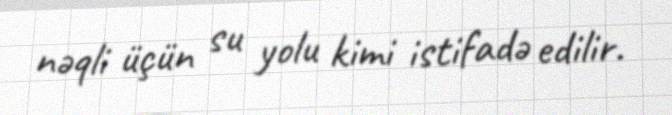
nəqli üçün su yolu kimi istifadə edilir.